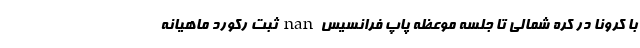
با کرونا در کره شمالی تا جلسه موعظه پاپ فرانسیس nan ثبت رکورد ماهیانه